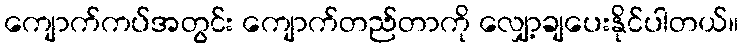
ကျောက်ကပ်အတွင်း ကျောက်တည်တာကို လျှော့ချပေးနိုင်ပါတယ်။